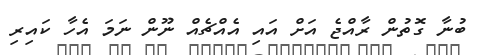
ބުނާ ގޮތުން ރާއްޖެ އަށް އައި އެއްޗެއް ނޫން ނަމަ އެހާ ކައިރި